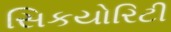
સિકયોરિટી